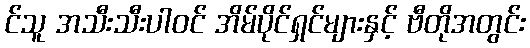
င်သူ အသီးသီးပါဝင် အိမ်ပိုင်ရှင်များနှင့် ဗီတိုအတွင်း